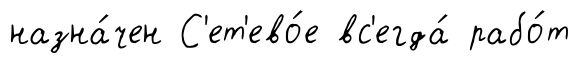
назна́чен С'ет'ево́е вс'егда́ рабо́т